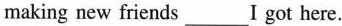
making new friends___ I got here.